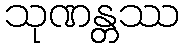
သုဏန္တဿ